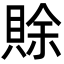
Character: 賖